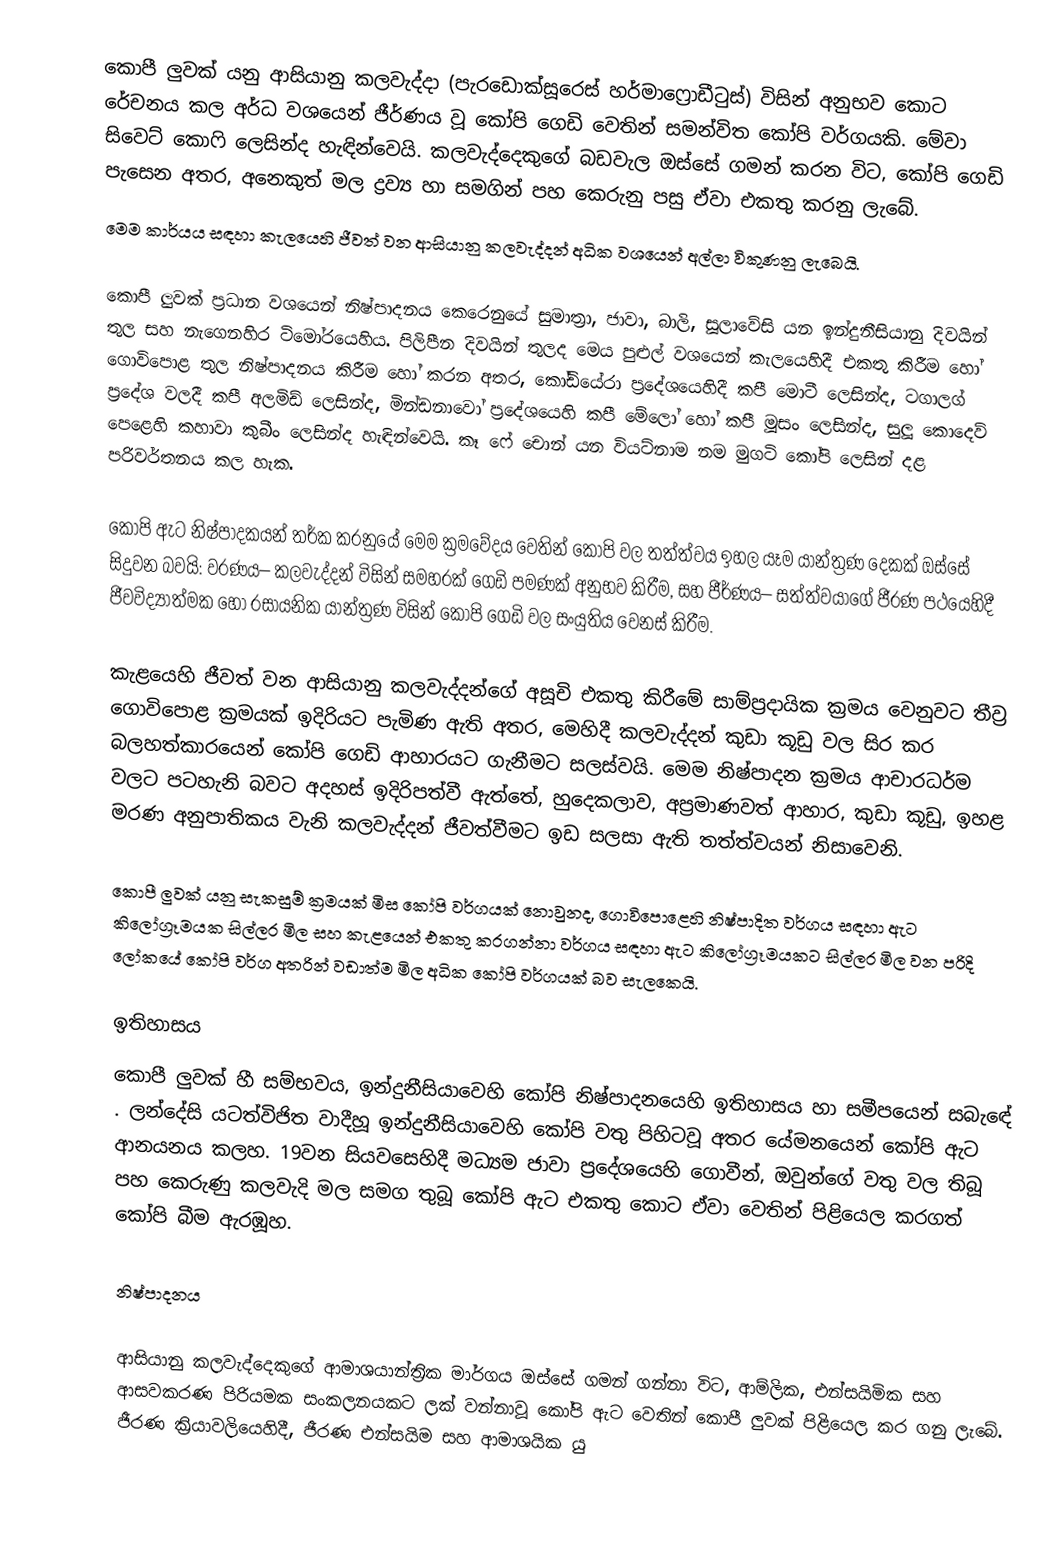
කොපී ලුවක් යනු  ආසියානු කලවැද්දා (පැරඩොක්සූරෙස් හර්මාෆ්‍රොඩීටුස්) විසින් අනුභව කොට රේචනය කල අර්ධ වශයෙන් ජීර්ණය වූ  කෝපි ගෙඩි වෙතින් සමන්විත කෝපි වර්ගයකි. මේවා සිවෙට් කොෆි ලෙසින්ද හැඳින්වෙයි. කලවැද්දෙකුගේ බඩවැල ඔස්සේ ගමන් කරන විට, කෝපි ගෙඩි පැසෙන අතර, අනෙකුත් මල ද්‍රව්‍ය හා සමගින් පහ කෙරුනු පසු ඒවා එකතු කරනු ලැබේ.
 මෙම කාර්යය සඳහා කැලයෙහි ජීවත් වන ආසියානු කලවැද්දන් අධික වශයෙන් අල්ලා විකුණනු ලැබෙයි.

කොපී ලුවක් ප්‍රධාන වශයෙන් නිෂ්පාදනය කෙරෙනුයේ  සුමාත්‍රා, ජාවා, බාලි, සූලාවේසි යන ඉන්දුනීසියානු දිවයින් තුල සහ නැගෙනහිර ටිමෝරයෙහිය. පිලිපීන දිවයින් තුලද මෙය පුළුල් වශයෙන් කැලයෙහිදී එකතු කිරීම හෝ ගොවිපොළ තුල නිෂ්පාදනය කිරීම හෝ කරන අතර, කෝඩියේරා ප්‍රදේශයෙහිදී කපී මොටී  ලෙසින්ද, ටගාලග් ප්‍රදේශ වලදී කපී අලමිඩ් ලෙසින්ද, මින්ඩනාවෝ ප්‍රදේශයෙහි කපී මේලෝ හෝ  කපී මූසං ලෙසින්ද,  සුලූ කොදෙව් පෙළෙහි කහාවා කුබීං ලෙසින්ද හැඳින්වෙයි. කෑ ෆේ චොන් යන වියට්නාම නම මුගටි කෝපි ලෙසින් දළ පරිවර්තනය කල හැක.

කෝපි ඇට නිෂ්පාදකයන් තර්ක කරනුයේ මෙම ක්‍රමවේදය වෙතින් කෝපි වල තත්ත්වය ඉහල යෑම යාන්ත්‍රණ දෙකක් ඔස්සේ සිදුවන බවයි: වරණය– කලවැද්දන් විසින් සමහරක් ගෙඩි පමණක් අනුභව කිරීම, සහ ජීර්ණය– සත්ත්වයාගේ ජීරණ පථයෙහිදී ජීවවිද්‍යාත්මක හෝ රසායනික යාන්ත්‍රණ විසින් කෝපි ගෙඩි වල සංයුතිය වෙනස් කිරීම.

කැළයෙහි ජීවත් වන ආසියානු කලවැද්දන්ගේ අසූචි එකතු කිරීමේ සාම්ප්‍රදායික ක්‍රමය වෙනුවට තීව්‍ර ගොවිපොළ ක්‍රමයක් ඉදිරියට පැමිණ ඇති අතර, මෙහිදී කලවැද්දන් කුඩා කූඩු වල සිර කර බලහත්කාරයෙන් කෝපි ගෙඩි ආහාරයට ගැනීමට සලස්වයි. මෙම නිෂ්පාදන ක්‍රමය ආචාරධර්ම වලට පටහැනි බවට අදහස් ඉදිරිපත්වී ඇත්තේ, හුදෙකලාව, අප්‍රමාණවත් ආහාර, කුඩා කූඩු, ඉහළ මරණ අනුපාතිකය වැනි කලවැද්දන් ජීවත්වීමට ඉඩ සලසා ඇති තත්ත්වයන් නිසාවෙනි.

කොපී ලුවක් යනු සැකසුම් ක්‍රමයක් මිස කෝපි වර්ගයක් නොවුනද, ගොවිපොළෙහි නිෂ්පාදිත වර්ගය සඳහා ඇට කිලෝග්‍රෑමයක සිල්ලර මිල   සහ කැළයෙන් එකතු කරගන්නා වර්ගය සඳහා ඇට කිලෝග්‍රෑමයකට සිල්ලර මිල   වන පරිදි ලෝකයේ කෝපි වර්ග අතරින් වඩාත්ම මිල අධික කෝපි වර්ගයක් බව සැලකෙයි.

ඉතිහාසය
කොපී ලුවක් හී සම්භවය,  ඉන්දුනීසියාවෙහි කෝපි නිෂ්පාදනයෙහි  ඉතිහාසය හා සමීපයෙන් සබැ‌ඳේ . ලන්දේසි යටත්විජිත වාදීහූ ඉන්දුනීසියාවෙහි කෝපි වතු පිහිටවූ අතර යේමනයෙන් කෝපි ඇට ආනයනය කලහ. 19වන සියවසෙහිදී මධ්‍යම ජාවා ප්‍රදේශයෙහි ගොවීන්, ඔවුන්ගේ වතු වල තිබූ පහ කෙරුණු කලවැදි මල සමග තුබූ කෝපි ඇට එකතු කොට ඒවා වෙතින් පිළියෙල කරගත් කෝපි බීම ඇරඹූහ.

නිෂ්පාදනය

ආසියානු කලවැද්දෙකුගේ ආමාශයාන්ත්‍රික මාර්ගය ඔස්සේ ගමන් ගන්නා විට,  ආම්ලික, එන්සයිමික සහ ආසවකරණ පිරියමක සංකලනයකට ලක් වන්නාවූ කෝපි ඇට වෙතින් කොපී ලුවක් පිළියෙල කර ගනු ලැබේ. ජීරණ ක්‍රියාවලියෙහිදී, ජීරණ එන්සයිම සහ ආමාශයික යු